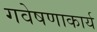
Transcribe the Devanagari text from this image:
गवेषणाकार्य